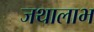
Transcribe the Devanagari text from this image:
जथालाभ